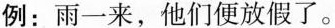
例：雨一来，他们便放假了。